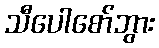
သီပေါစော်ဘွား